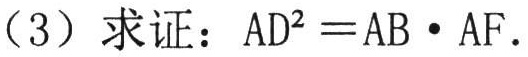
（3）求证：\(AD^{2}=AB\cdot AF\)